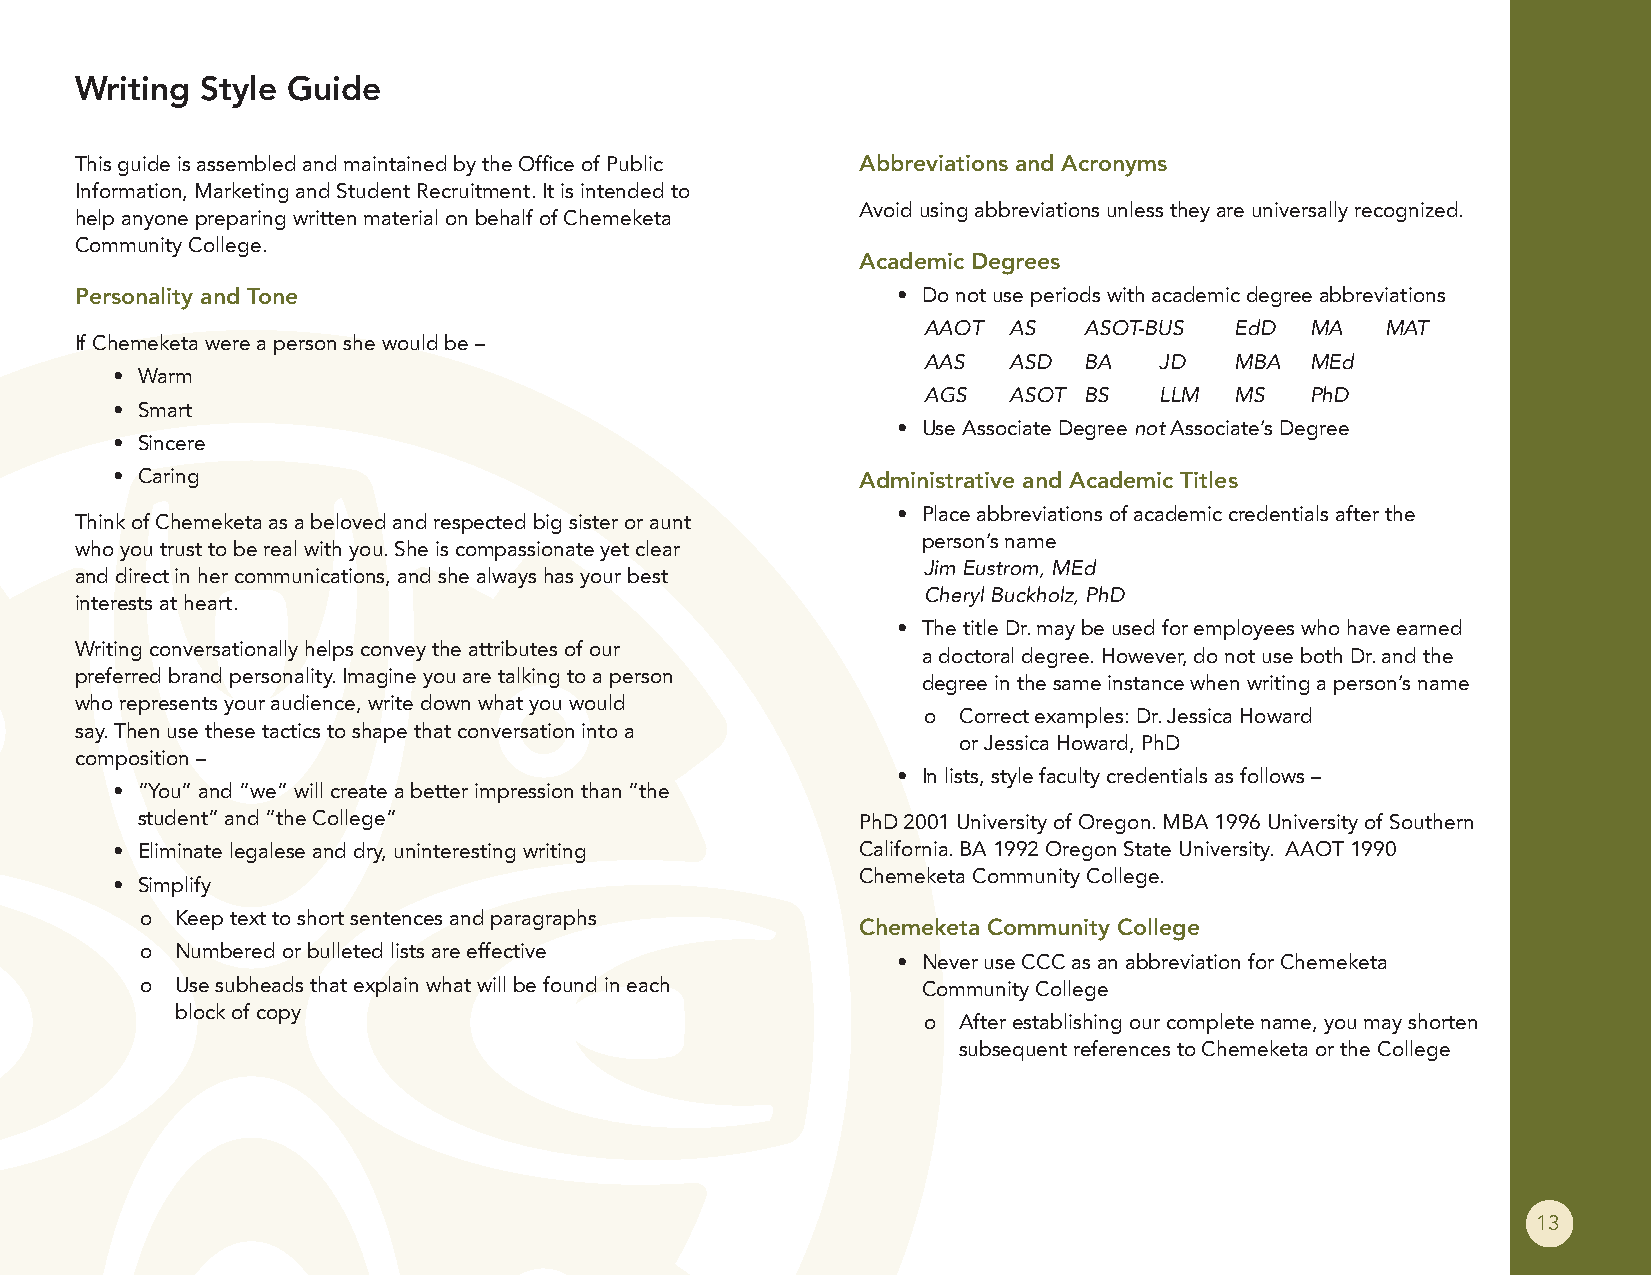
Writing Style Guide
 This guide is assembled and maintained by the Office of Public Abbreviations and Acronyms
 Information, Marketing and Student Recruitment It is intended to
 Avoid using abbreviations unless they are universally recognized
 help anyone preparing written material on behalf of Chemeketa
 Community College
 Academic Degrees
 Personality and Tone                                  • Do not use periods with academic degree abbreviations
 AAOT  AS   ASOT-BUS  EdD  MA   MAT
 If Chemeketa were a person she would be –
 AAS   ASD  BA   JD   MBA  MEd
 • Warm
 AGS   ASOT BS   LLM  MS   PhD
 • Smart
 • Use Associate Degree not Associate’s Degree
 • Sincere
 • Caring                                          Administrative and Academic Titles
 • Place abbreviations of academic credentials after the
 Think of Chemeketa as a beloved and respected big sister or aunt
 person’s name
 who you trust to be real with you She is compassionate yet clear
 Jim Eustrom, MEd
 and direct in her communications, and she always has your best
 Cheryl Buckholz, PhD
 interests at heart
 • The title Dr may be used for employees who have earned
 Writing conversationally helps convey the attributes of our a doctoral degree However, do not use both Dr and the
 preferred brand personality Imagine you are talking to a person degree in the same instance when writing a person’s name
 who represents your audience, write down what you would
 o Correct examples: Dr Jessica Howard
 say Then use these tactics to shape that conversation into a
 or Jessica Howard, PhD
 composition –
 • In lists, style faculty credentials as follows –
 • “You” and “we” will create a better impression than “the
 student” and “the College”                      PhD 2001 University of Oregon MBA 1996 University of Southern
 • Eliminate legalese and dry, uninteresting writing California BA 1992 Oregon State University AAOT 1990
 Chemeketa Community College
 • Simplify
 o  Keep text to short sentences and paragraphs
 Chemeketa Community College
 o  Numbered or bulleted lists are effective
 • Never use CCC as an abbreviation for Chemeketa
 o  Use subheads that explain what will be found in each Community College
 block of copy
 o After establishing our complete name, you may shorten
 subsequent references to Chemeketa or the College
 13